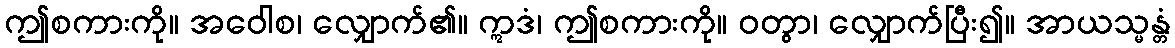
ဤစကားကို။ အဝေါစ၊ လျှောက်၏။ ဣဒံ၊ ဤစကားကို။ ဝတွာ၊ လျှောက်ပြီး၍။ အာယသ္မန္တံ